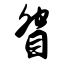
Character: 眢